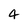
Character: 4